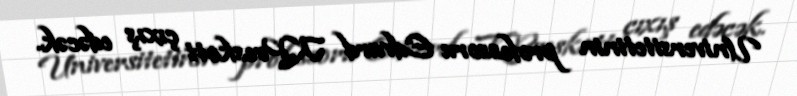
Universitetinin professoru Edvard K.Preskott çıxış edəcək.